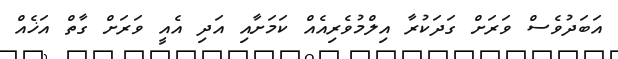
އަބަދުވެސް ވަރަށް ގަދަކުރާ އިލްމުވެރިއެއް ކަމަށާއި އަދި އެއީ ވަރަށް ގާތް އަޚެއް